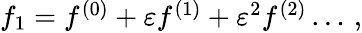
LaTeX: \begin{array}{r}{f_{1}=f^{(0)}+\varepsilon f^{(1)}+\varepsilon^{2}f^{(2)}\dots\, ,}\end{array}